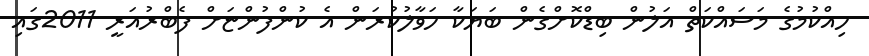
ހިއްކުމުގެ މަސައްކަތް އަލުން ބިޑްކޮށްގެން ބަޔަކާ ހަވާލުކުރަން އެ ކުންފުންޏަށް ފެބްރުއަރީ 2011ގައި